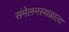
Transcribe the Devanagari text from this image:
संमेलनस्थळाला